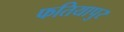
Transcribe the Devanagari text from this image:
फतियापुर